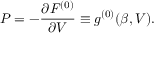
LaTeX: P = - \frac { \partial F ^ { ( 0 ) } } { \partial V } \equiv g ^ { ( 0 ) } ( \beta , V ) .